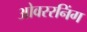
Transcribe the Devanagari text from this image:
ओवररनिंग